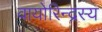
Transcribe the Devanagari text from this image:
वायोरिन्द्रस्य